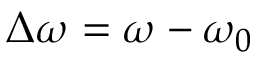
\Delta \omega = \omega - \omega _ { 0 }